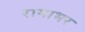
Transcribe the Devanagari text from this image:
रामाभर